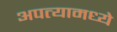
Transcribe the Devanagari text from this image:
अपत्यामध्ये